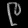
Digit: ၉